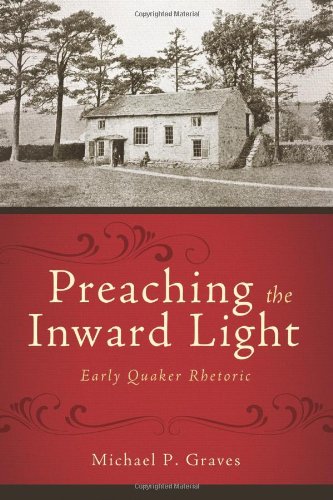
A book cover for Preaching the Inward Light: Early Quaker Rhetoric (Studies in Rhetoric and Religion); Michael Graves; Christian Books & Bibles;